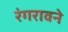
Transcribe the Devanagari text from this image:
रंगरावने